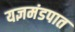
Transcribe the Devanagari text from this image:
यज्ञमंडपात